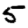
Digit: 5